Insane asylums Bombay 1873-77 - 1873-1877
Year: 1873
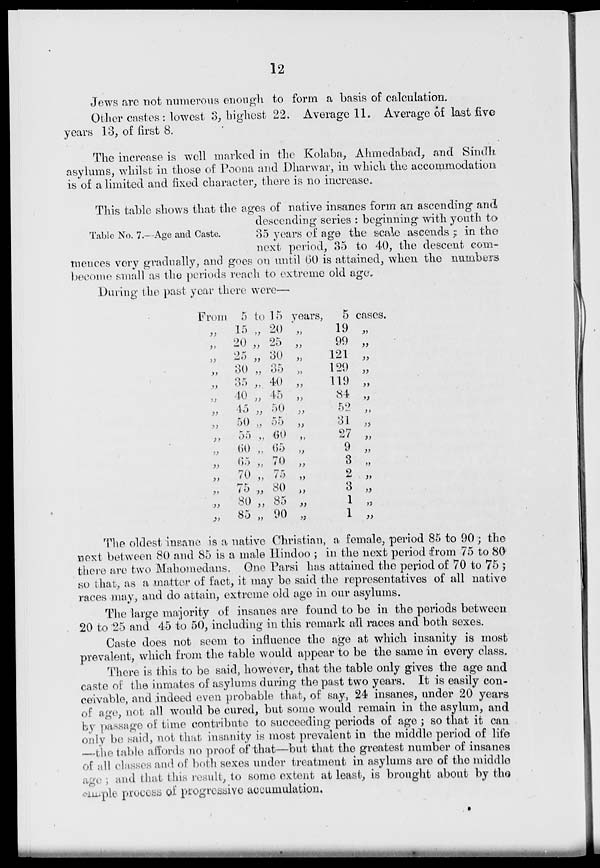
12
Jews are not numerous enough to form a basis of calculation.
Other castes : lowest 3, highest 22. Average 11. Average of last five
years 13, of first 8.
The increase is well marked in the Kolaba, Ahmedabad, and Sindh
asylums, whilst in those of Poona and Dharwar, in which the accommodation
is of a limited and fixed character, there is no increase.
Table No. 7.—Age and Caste.
This table shows that the ages of native insanes form an ascending and
descending series : beginning with youth to
35 years of age the scale ascends ; in the
next period, 35 to 40, the descent com-
mences very gradually, and goes on until 60 is attained, when the numbers
become small as the periods reach to extreme old age.
During the past year there were—
From
„
„
„
„
„
„
„
„
„
„
„
„
„
„
„
5 to 15
15 „ 20
20 „ 25
25 „ 30
30 „ 35
35 „ 40
40 „ 45
45 „ 50
50 „ 55
55 „ 60
60 „ 65
65 „ 70
70 „ 75
75 „ 80
80 „ 85
85 „ 90
years,
„
„
„
„
„
„
„
„
„
„
„
„
„
„
„
5
19
99
121
129
119
84
52
31
27
9
3
2
3
1
1
cases.
„
„
„
„
„
„
„
„
„
„
„
„
„
„
„
The oldest insane is a native Christian, a female, period 85 to 90 ; the
next between 80 and 85 is a male Hindoo ; in the next period from 75 to 80
there are two Mahomedans. One Parsi has attained the period of 70 to 75 ;
so that, as a matter of fact, it may be said the representatives of all native
races may, and do attain, extreme old age in our asylums.
The large majority of insanes are found to be in the periods between
20 to 25 and 45 to 50, including in this remark all races and both sexes.
Caste does not seem to influence the age at which insanity is most
prevalent, which from the table would appear to be the same in every class.
There is this to be said, however, that the table only gives the age and
caste of the inmates of asylums during the past two years. It is easily con-
ceivable, and indeed even probable that, of say, 24 insanes, under 20 years
of age, not all would be cured, but some would remain in the asylum, and
by passage of time contribute to succeeding periods of age ; so that it can
only be said, not that insanity is most prevalent in the middle period of life
—the table affords no proof of that—but that the greatest number of insanes
of all classes and of both sexes under treatment in asylums are of the middle
age ; and that this result, to some extent at least, is brought about by the
simple process of progressive accumulation.